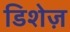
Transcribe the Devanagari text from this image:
डिशेज़